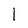
Character: 1